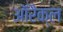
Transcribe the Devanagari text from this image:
ऑरैक्ल